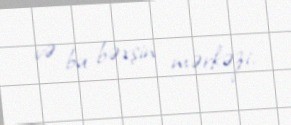
və bu bəxşin mərkəzi.